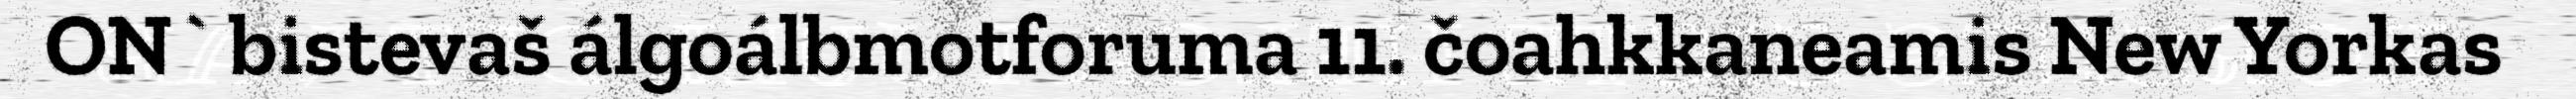
ON` bistevaš álgoálbmotforuma 11. čoahkkaneamis New Yorkas